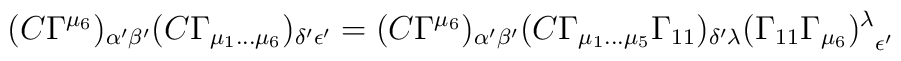
(C\Gamma^{\mu_6})_{\alpha{'}\beta{'}}(C\Gamma_{\mu_1\dots\mu_6})_{\delta{'}\epsilon{'}}=(C\Gamma^{\mu_6})_{\alpha{'}\beta{'}}(C\Gamma_{\mu_1\dots\mu_5}\Gamma_{11})_{\delta{'}\lambda}{(\Gamma_{11}\Gamma_{\mu_6})^\lambda}_{\epsilon{'}}